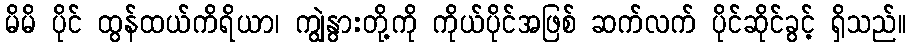
မိမိ ပိုင် ထွန်ထယ်ကိရိယာ၊ ကျွဲနွားတို့ကို ကိုယ်ပိုင်အဖြစ် ဆက်လက် ပိုင်ဆိုင်ခွင့် ရှိသည်။